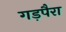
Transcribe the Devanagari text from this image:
गड़पैरा